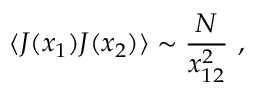
\langle J ( x _ { 1 } ) J ( x _ { 2 } ) \rangle \sim { \frac { N } { x _ { 1 2 } ^ { 2 } } } \ ,